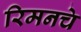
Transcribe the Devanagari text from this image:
रिमनचे